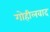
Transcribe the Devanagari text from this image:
गोहीलवाद